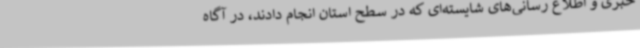
خبری و اطلاع رسانی‌های شایسته‌ای که در سطح استان انجام دادند، در آگاه